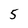
Character: 5